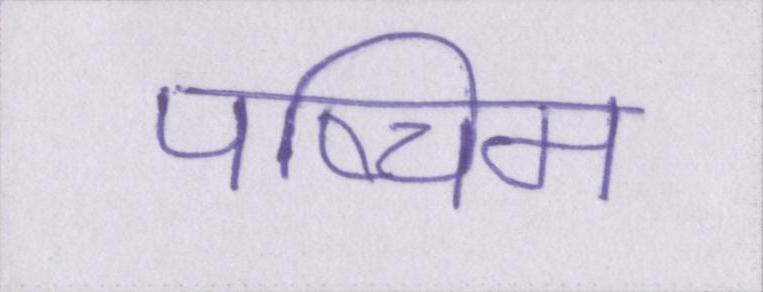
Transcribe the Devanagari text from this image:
पष्चिम